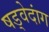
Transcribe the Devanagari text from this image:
षड्वेदांग